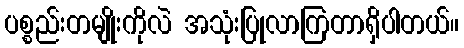
ပစ္စည်းတမျိုးကိုလဲ အသုံးပြုလာကြတာရှိပါတယ်။